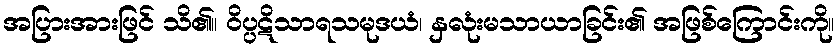
အပြားအားဖြင် သိ၏။ ဝိပ္ပဋိသာရသမုဒယံ၊ နှလုံးမသာယာခြင်း၏ အဖြစ်ကြောင်းကို။